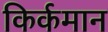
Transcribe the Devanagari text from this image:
किर्कमान